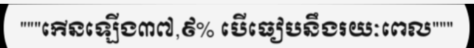
"""កើនឡើង៣៧,៩% បើធៀបនឹងរយៈពេល"""